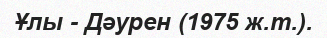
Ұлы - Дәурен (1975 ж.т.).